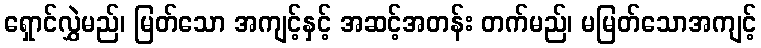
ရှောင်လွှဲမည်၊ မြတ်သော အကျင့်နှင့် အဆင့်အတန်း တက်မည်၊ မမြတ်သောအကျင့်